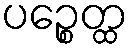
ပဉ္စေတ္ထ